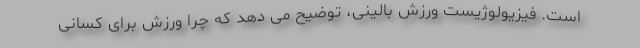
است. فیزیولوژیست ورزش بالینی، توضیح می دهد که چرا ورزش برای کسانی